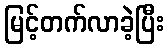
မြင့်တက်လာခဲ့ပြီး